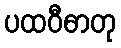
ပထဝီဓာတု